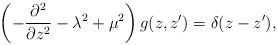
\begin{align*}\left(-{\partial^2\over\partial z^2}-\lambda^2+\mu^2\right)g(z,z')=\delta(z-z'),\end{align*}